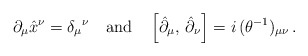
\begin{align*}\partial_{\mu}\hat{x}^{\nu}=\delta_{\mu}{}^{\nu}\quad \textrm{and}\quad \left[ \hat{\partial}_{\mu},\,\hat{\partial}_{\nu}\right]=i\,(\theta^{-1})_{\mu\nu}\,.\end{align*}